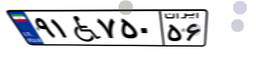
۹۱W۷۵۰۵۶